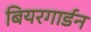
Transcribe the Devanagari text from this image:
बियरगार्डन